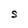
Character: S